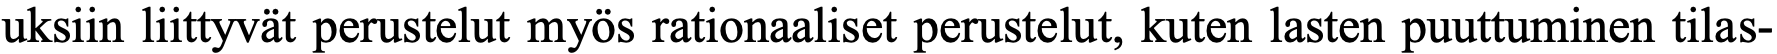
uksiin liittyvät perustelut myös rationaaliset perustelut, kuten lasten puuttuminen tilas-